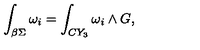
\int _ { \beta \Sigma } \omega _ { i } = \int _ { C Y _ { 3 } } \omega _ { i } \wedge G ,